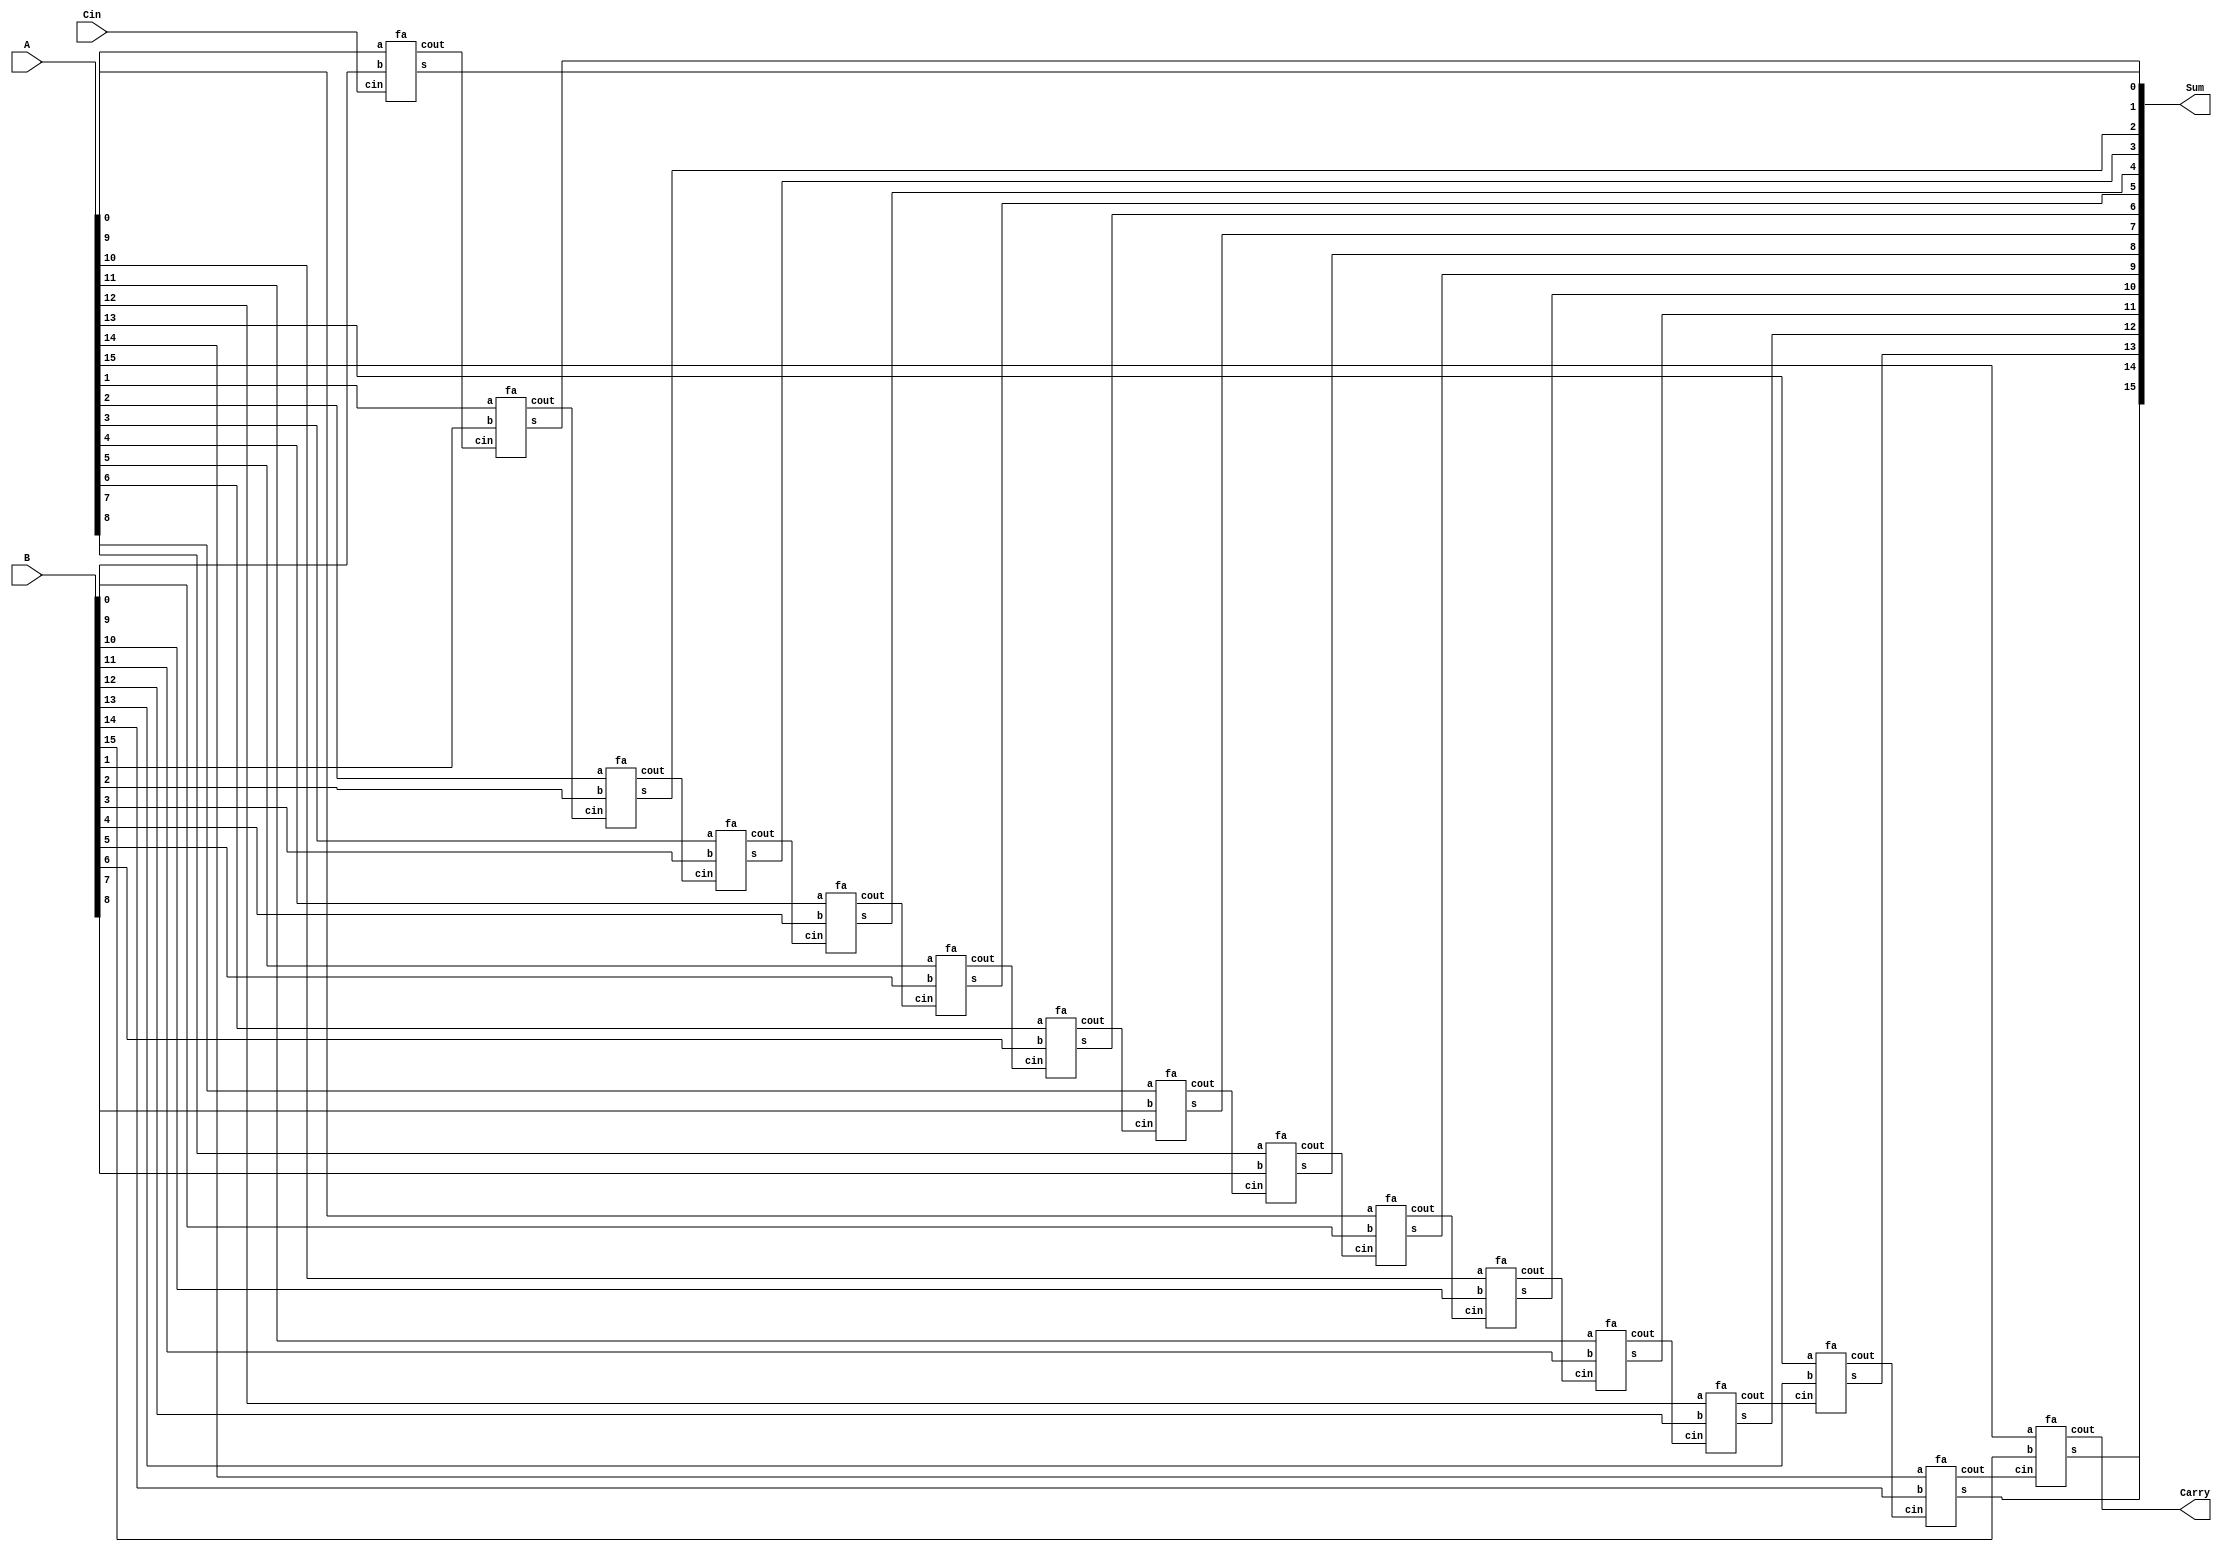
module FullAdder16bit(A,B,Cin,Sum,Carry);
input [15:0] A;
input [15:0] B;
input Cin;
output [15:0] Sum;
output Carry;
wire[14:0] c;

fa fa1(Cin,A[0],B[0],Sum[0],c[0]);
fa fa2(c[0],A[1],B[1],Sum[1],c[1]);
fa fa3(c[1],A[2],B[2],Sum[2],c[2]);
fa fa4(c[2],A[3],B[3],Sum[3],c[3]);
fa fa5(c[3],A[4],B[4],Sum[4],c[4]);
fa fa6(c[4],A[5],B[5],Sum[5],c[5]);
fa fa7(c[5],A[6],B[6],Sum[6],c[6]);
fa fa8(c[6],A[7],B[7],Sum[7],c[7]);
fa fa9(c[7],A[8],B[8],Sum[8],c[8]);
fa fa10(c[8],A[9],B[9],Sum[9],c[9]);
fa fa11(c[9],A[10],B[10],Sum[10],c[10]);
fa fa12(c[10],A[11],B[11],Sum[11],c[11]);
fa fa13(c[11],A[12],B[12],Sum[12],c[12]);
fa fa14(c[12],A[13],B[13],Sum[13],c[13]);
fa fa15(c[13],A[14],B[14],Sum[14],c[14]);
fa fa16(c[14],A[15],B[15],Sum[15],Carry);
endmodule
/////////////////////////////////////////
module fa(cin,a,b,s,cout);
input a,b,cin;
output s,cout;
assign s = a^b^cin;
assign cout = ((a|cin)&b)|(cin&a);
endmodule